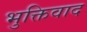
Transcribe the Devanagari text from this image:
भुक्तिवाद